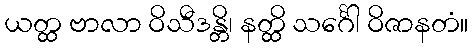
ယတ္ထ ဗာလာ ဝိသီဒန္တိ၊ နတ္ထိ သင်္ဂေါ ဝိဇာနတံ။